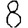
Digit: 8